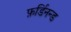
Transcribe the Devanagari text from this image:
फ़र्डिनन्ड